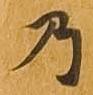
乃